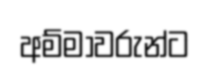
අම්මාවරුන්ට